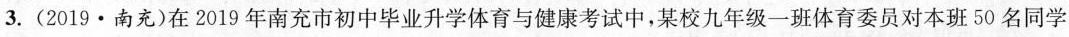
3.(2019·南充)在2019年南充市初中毕业升学体育与健康考试中，某校九年级一班体育委员对本班50名同学